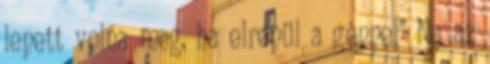
lepett volna meg, ha elrepül a géppel” Na az